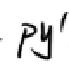
$py'$